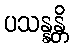
ပသန္နန္တိ